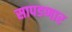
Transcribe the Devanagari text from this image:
सापडणार